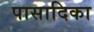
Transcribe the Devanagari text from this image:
पासादिका